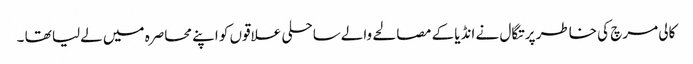
کالی مرچ کی خاطر پرتگال نے انڈیا کے مصالحے والےساحلی علاقوں کو اپنے محاصرہ میں لےلیا تھا ۔